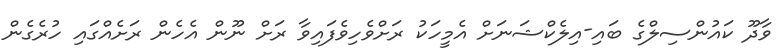
ވާދޫ ކައުންސިލްގެ ބައި-އިލެކްޝަނަށް އެމީހަކު ރަށްވެހިވެފައިވާ ރަށް ނޫން އެހެން ރަށެއްގައި ހުރެގެން